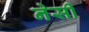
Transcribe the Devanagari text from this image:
नेसी